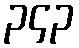
၃၄၃